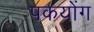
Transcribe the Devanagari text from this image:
पकयोंग